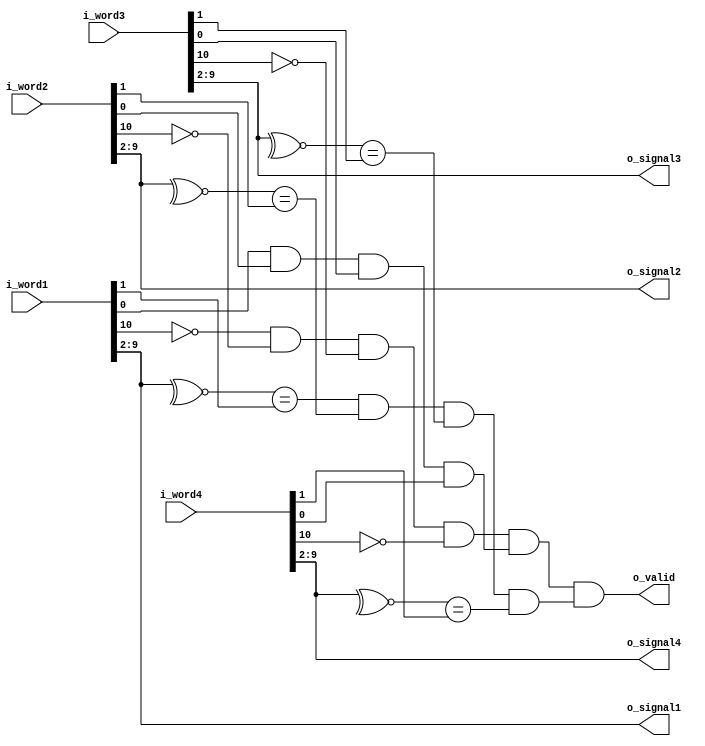
`timescale 1ns / 1ps

module ps2_validator(
                     input wire [10:0] i_word1,
                     input wire [10:0] i_word2,
                     input wire [10:0] i_word3,
                     input wire [10:0] i_word4,
                     output wire [7:0] o_signal1,
                     output wire [7:0] o_signal2,
                     output wire [7:0] o_signal3,
                     output wire [7:0] o_signal4,
                     output wire       o_valid
                     );
   // Provides (imperfect) validation of the PS2 signal. This is done by
   // checking for parity and ensuring the start and stop bits are correct. If
   // either of these cases fail to occur, the 'valid' output will be 0. Note
   // that this is entirely combinational.


   wire                                parity1, parity2, parity3, parity4, parity;
   wire                                start1, start2, start3, start4, start;
   wire                                stop1, stop2, stop3, stop4, stop;
   wire                                valid1, valid2, valid3, valid4;

   // Separate packets into segments
   assign {start1, o_signal1, parity1, stop1} = i_word1;
   assign {start2, o_signal2, parity2, stop2} = i_word2;
   assign {start3, o_signal3, parity3, stop3} = i_word3;
   assign {start4, o_signal4, parity4, stop4} = i_word4;

   // XNOR words together and compare to parity bit
   assign valid1 = ~^o_signal1 == parity1;
   assign valid2 = ~^o_signal2 == parity2;
   assign valid3 = ~^o_signal3 == parity3;
   assign valid4 = ~^o_signal4 == parity4;

   assign parity = valid1 && valid2 && valid3 && valid4;
   assign start = (!start1 && !start2 && !start3 && !start4);
   assign stop = (stop1 && stop2 && stop3 && stop4);
   assign o_valid = (start && stop && parity);

endmodule